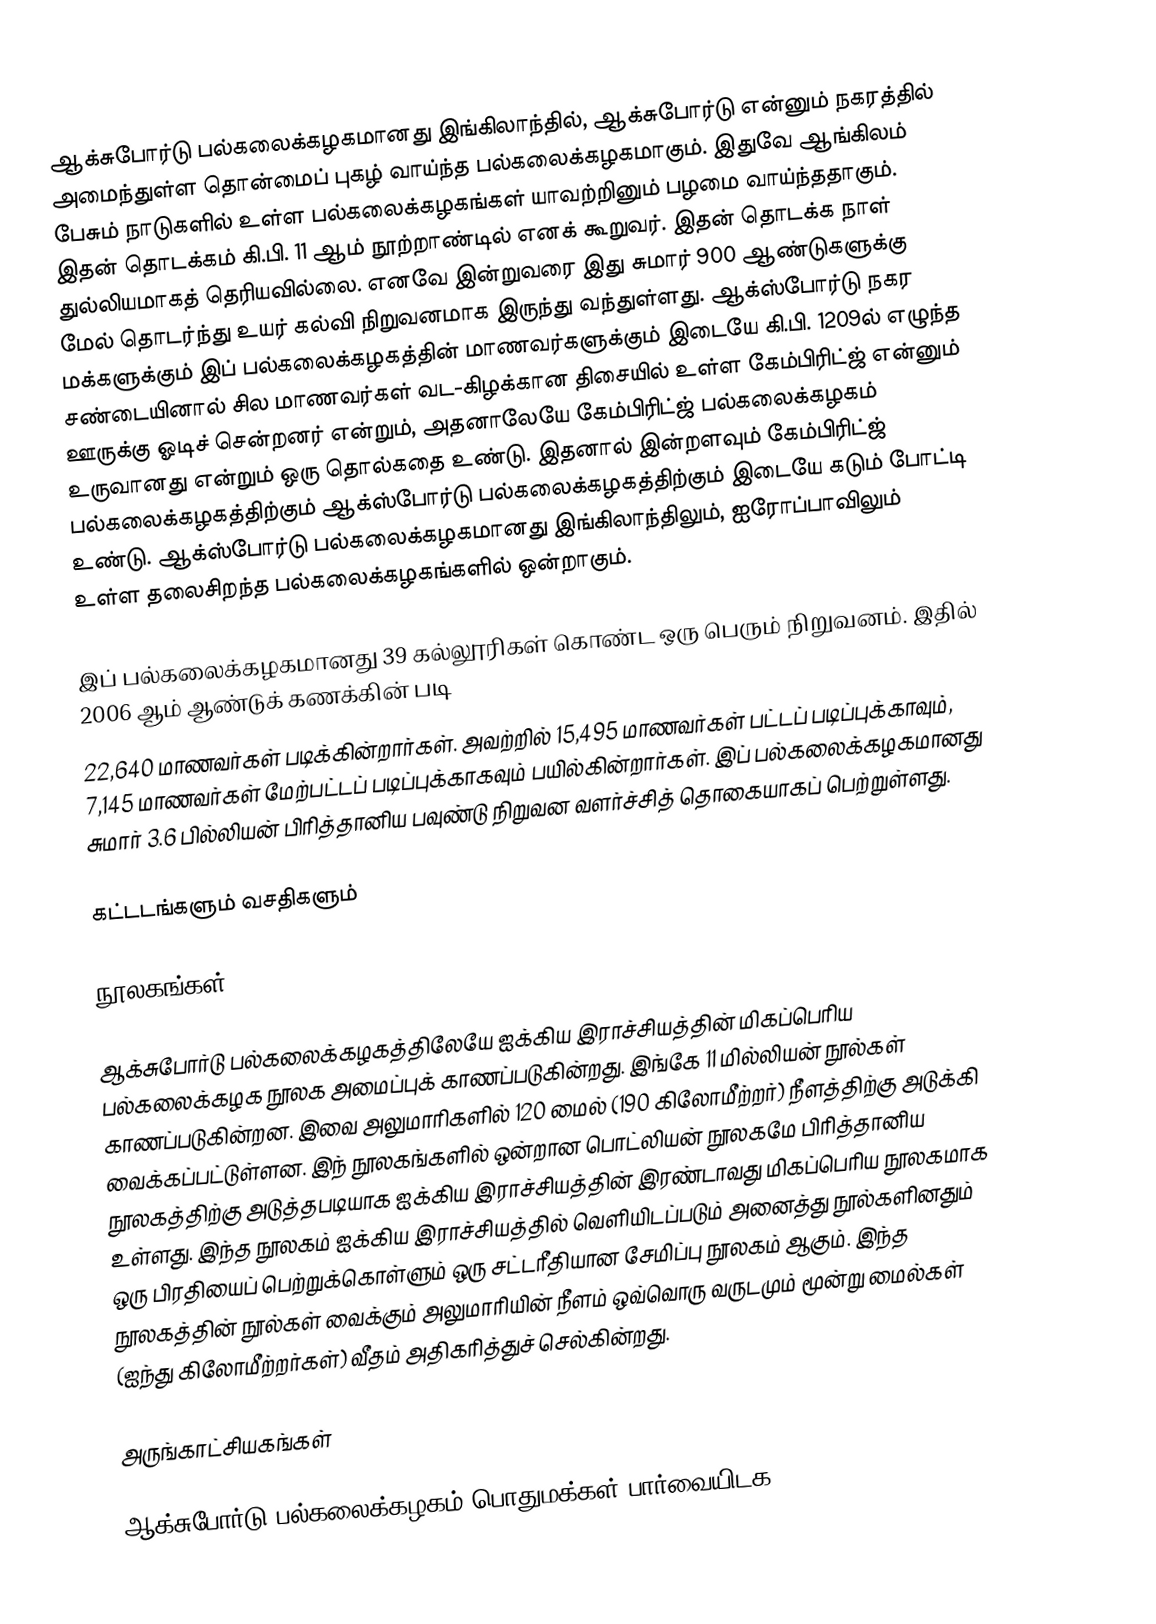
ஆக்சுபோர்டு பல்கலைக்கழகமானது இங்கிலாந்தில், ஆக்சுபோர்டு என்னும் நகரத்தில் அமைந்துள்ள தொன்மைப் புகழ் வாய்ந்த பல்கலைக்கழகமாகும். இதுவே ஆங்கிலம் பேசும் நாடுகளில் உள்ள பல்கலைக்கழகங்கள் யாவற்றினும் பழமை வாய்ந்ததாகும். இதன் தொடக்கம் கி.பி. 11 ஆம் நூற்றாண்டில் எனக் கூறுவர். இதன் தொடக்க நாள் துல்லியமாகத் தெரியவில்லை. எனவே இன்றுவரை இது சுமார் 900 ஆண்டுகளுக்கு மேல் தொடர்ந்து உயர் கல்வி நிறுவனமாக இருந்து வந்துள்ளது. ஆக்ஸ்போர்டு நகர மக்களுக்கும் இப் பல்கலைக்கழகத்தின் மாணவர்களுக்கும் இடையே கி.பி. 1209ல் எழுந்த சண்டையினால் சில மாணவர்கள் வட-கிழக்கான திசையில் உள்ள கேம்பிரிட்ஜ் என்னும் ஊருக்கு ஓடிச் சென்றனர் என்றும், அதனாலேயே கேம்பிரிட்ஜ் பல்கலைக்கழகம் உருவானது என்றும் ஒரு தொல்கதை உண்டு. இதனால் இன்றளவும் கேம்பிரிட்ஜ் பல்கலைக்கழகத்திற்கும் ஆக்ஸ்போர்டு பல்கலைக்கழகத்திற்கும் இடையே கடும் போட்டி உண்டு. ஆக்ஸ்போர்டு பல்கலைக்கழகமானது இங்கிலாந்திலும், ஐரோப்பாவிலும் உள்ள தலைசிறந்த பல்கலைக்கழகங்களில் ஒன்றாகும்.

இப் பல்கலைக்கழகமானது 39 கல்லூரிகள் கொண்ட ஒரு பெரும் நிறுவனம். இதில் 2006 ஆம் ஆண்டுக் கணக்கின் படி
22,640 மாணவர்கள் படிக்கின்றார்கள். அவற்றில் 15,495 மாணவர்கள் பட்டப் படிப்புக்காவும், 7,145 மாணவர்கள் மேற்பட்டப் படிப்புக்காகவும் பயில்கின்றார்கள். இப் பல்கலைக்கழகமானது சுமார் 3.6 பில்லியன் பிரித்தானிய பவுண்டு நிறுவன வளர்ச்சித் தொகையாகப் பெற்றுள்ளது.

கட்டடங்களும் வசதிகளும்

நூலகங்கள்

ஆக்சுபோர்டு பல்கலைக்கழகத்திலேயே ஐக்கிய இராச்சியத்தின் மிகப்பெரிய பல்கலைக்கழக நூலக அமைப்புக் காணப்படுகின்றது. இங்கே 11 மில்லியன் நூல்கள் காணப்படுகின்றன. இவை அலுமாரிகளில் 120 மைல் (190 கிலோமீற்றர்) நீளத்திற்கு அடுக்கி வைக்கப்பட்டுள்ளன. இந் நூலகங்களில் ஒன்றான பொட்லியன் நூலகமே பிரித்தானிய நூலகத்திற்கு அடுத்தபடியாக ஐக்கிய இராச்சியத்தின் இரண்டாவது மிகப்பெரிய நூலகமாக உள்ளது. இந்த நூலகம் ஐக்கிய இராச்சியத்தில் வெளியிடப்படும் அனைத்து நூல்களினதும் ஒரு பிரதியைப் பெற்றுக்கொள்ளும் ஒரு சட்டரீதியான சேமிப்பு நூலகம் ஆகும். இந்த நூலகத்தின் நூல்கள் வைக்கும் அலுமாரியின் நீளம் ஒவ்வொரு வருடமும் மூன்று மைல்கள் (ஐந்து கிலோமீற்றர்கள்) வீதம் அதிகரித்துச் செல்கின்றது.

அருங்காட்சியகங்கள்

ஆக்சுபோர்டு பல்கலைக்கழகம் பொதுமக்கள் பார்வையிடக